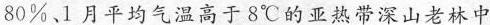
80%、1月平均气温高于8℃的亚热带深山老林中